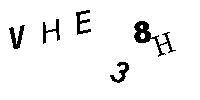
VHE38H